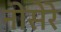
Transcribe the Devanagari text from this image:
नोसेरे